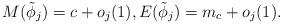
LaTeX: \begin{align*}M(\tilde{\phi}_j)=c+o_j(1),E(\tilde{\phi}_j)=m_c+o_j(1).\end{align*}